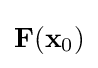
\mathbf {F} (\mathbf {x} _{\text{0}})